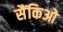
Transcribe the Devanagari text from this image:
सैंकिओ